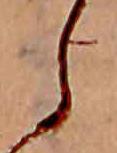
ら